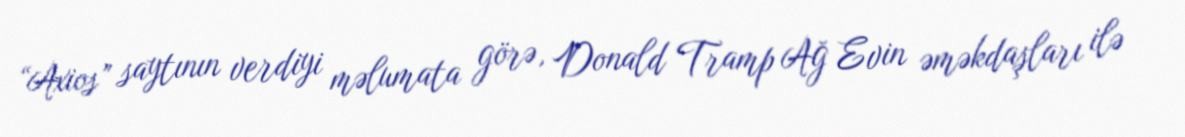
“Axios” saytının verdiyi məlumata görə, Donald Tramp Ağ Evin əməkdaşları ilə